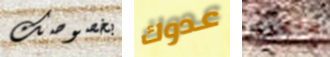
بخصوصك عدوك طاهية